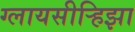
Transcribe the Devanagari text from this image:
ग्लायसीर्‍हिझा